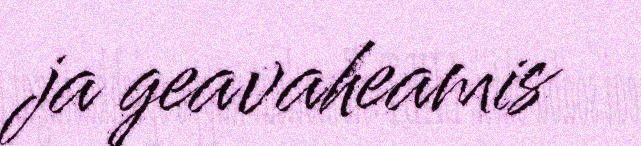
ja geavaheamis